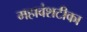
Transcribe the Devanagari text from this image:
महावंशटीका